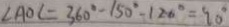
\angle A O C = 3 6 0 ^ { \circ } - 1 5 0 ^ { \circ } - 1 2 0 ^ { \circ } = 9 0 ^ { \circ }